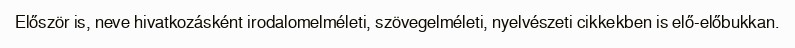
Először is, neve hivatkozásként irodalomelméleti, szövegelméleti, nyelvészeti cikkekben is elő-előbukkan.